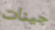
جينات